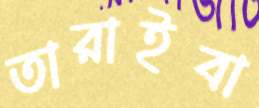
তারাইবা